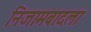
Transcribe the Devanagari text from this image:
निजामबादला